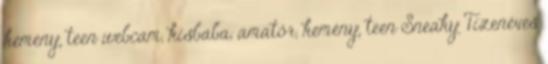
kemény, teen webcam, kisbaba, amatőr, kemény, teen Sneaky Tizenéves